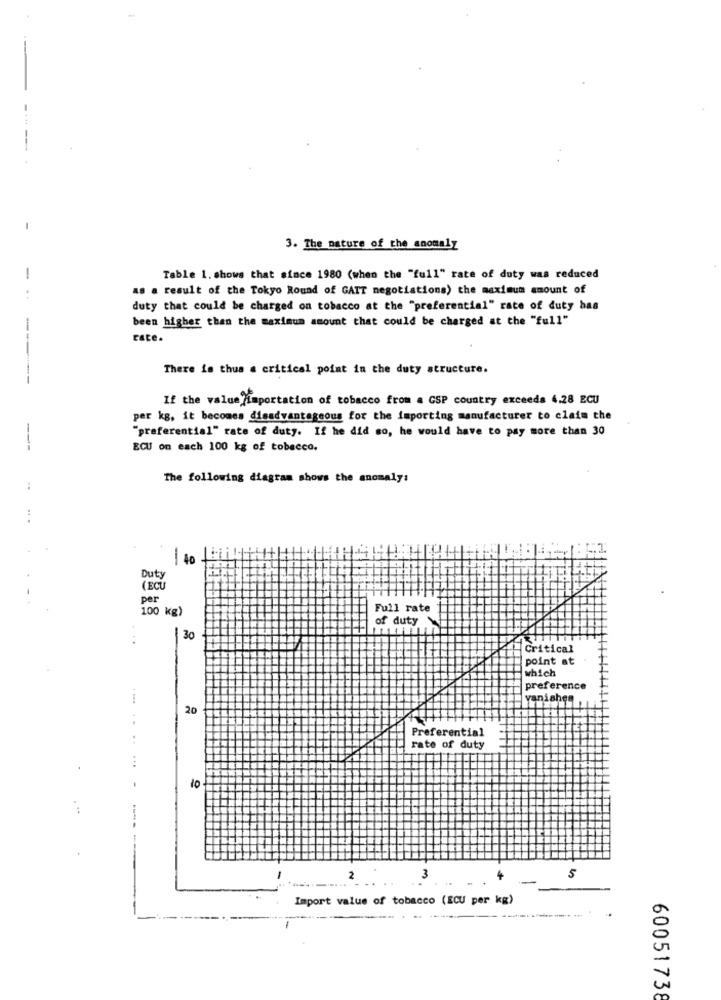
3. The nature of the anomaly
Table 1. shows that since 1980 (when the "full" rate of duty was reduced
as a result of the Tokyo Round of GATT negotiations) the maximum amount of
duty that could be charged on tobacco at the "preferential" rate of duty bas
been higher than the maximum amount that could be charged at the "full"
cate.
There is thus a critical point in the duty structure.
If the value importation of tobacco from a GSP country exceeds 4.28 ECU
per kg, it becomes disadvantageous for the importing manufacturer to claim the
-
"preferential" rate of duty. If he did so, he would have to pay more than 30
ECU on each 100 kg of tobacco.
The following diagram shows the anomaly:
40
-
Duty
(ECU
per
100 kg)
Full rate
of duty
30
Critical
point at
which
preference
vanishes
20
Preferential
rate of duty
10
-
2
3
+
-
5
Import value of tobacco (ECU per kg)
60051738